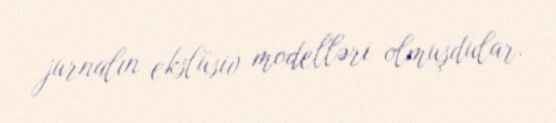
jurnalın ekslüsiv modelləri olmuşdular.